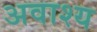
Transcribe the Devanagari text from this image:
अवाश्य